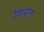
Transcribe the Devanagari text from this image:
रेखांशाना